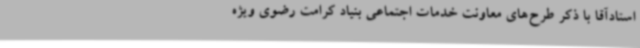
استادآقا با ذکر طرح‌های معاونت خدمات اجتماعی بنیاد کرامت رضوی ویژه